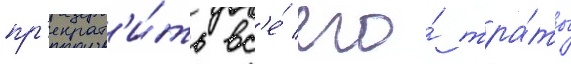
пр'екрат'и́ть вс'е́ его́ тра́ты